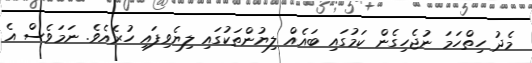
މެދު ހިތްހަމަ ނުޖެހިގެން ކަމުގައި ބައެއް ލިޔުންތަކުގައި ލިޔެވިފައި ހުރެއެވެ. ނަމަވެސް އެ